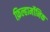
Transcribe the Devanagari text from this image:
फ़िल्हार्मोनिक